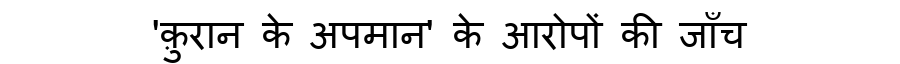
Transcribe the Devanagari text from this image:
'क़ुरान के अपमान' के आरोपों की जाँच